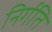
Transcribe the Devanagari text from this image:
निर्गति